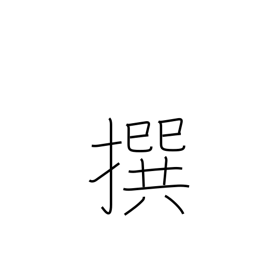
Meaning: selecting